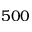
5 0 0